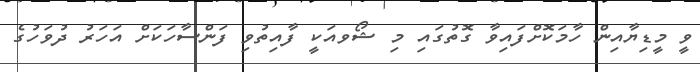
ވީ މީޑިޔާއިން ހާމަކޮށްފައިވާ ގޮތުގައި މި ޝޯވއަކީ ފާއިތުވި ފަންސާހަކަށް އަހަރު ދުވަހުގެ